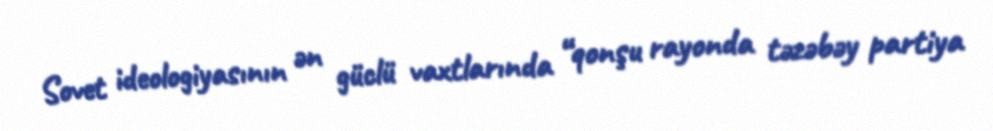
Sovet ideologiyasının ən güclü vaxtlarında “qonşu rayonda təzəbəy partiya